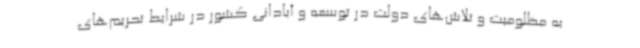
به مظلومیت و تلاش‌های دولت در توسعه و آبادانی کشور در شرایط تحریم‌های